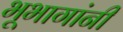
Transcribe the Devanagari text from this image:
भूभागांनी